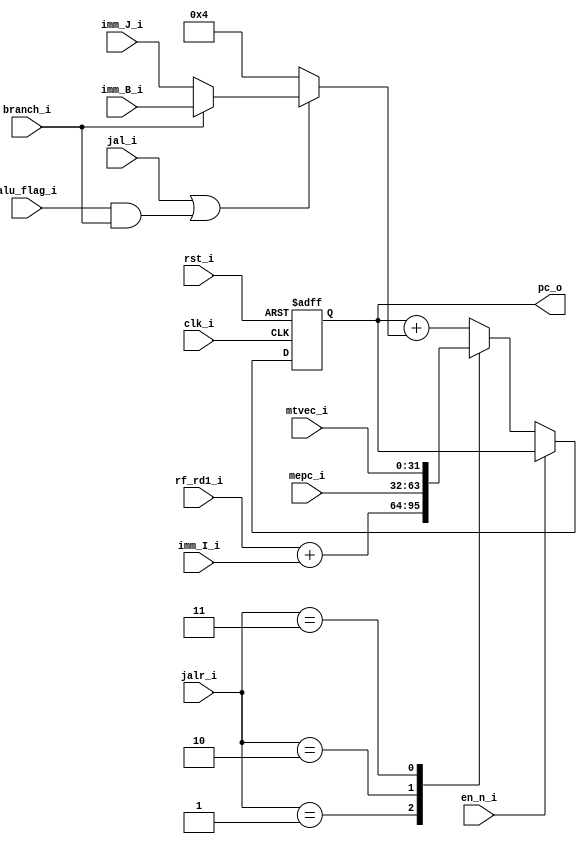
`timescale 1ns / 1ps

module pc_module(
	input             	clk_i,
	input             	rst_i,
	input             	en_n_i,
	
	input      	[31:0] 	imm_I_i,
	input      	[31:0] 	imm_J_i,
	input      	[31:0] 	imm_B_i,

	input		[31:0]	mtvec_i,
	input		[31:0]	mepc_i,
	
	input	    [31:0] 	rf_rd1_i,
	
	input             	jal_i,
	input      	[1:0]  	jalr_i,
	input             	branch_i,
	input             	alu_flag_i,
	
	output reg 	[31:0] 	pc_o
);
	
	wire        en = ~en_n_i;
	
	wire        cond_jmp = alu_flag_i && branch_i;
	wire        jmp_rel  = jal_i      || cond_jmp;
	
	wire [31:0] jmp_rel_addr = branch_i ? imm_B_i      : imm_J_i;
	wire [31:0] rel_addr     = jmp_rel  ? jmp_rel_addr : 32'd4;
	 
	wire [31:0] new_pc_rel   = pc_o + rel_addr;
	wire [31:0] new_pc_imm   = rf_rd1_i + imm_I_i;

	reg [31:0] new_pc;

	/* New PC mux */
	always @(*) begin
		case (jalr_i)
			2'b01:		new_pc <= new_pc_imm;
			2'b10:		new_pc <= mepc_i;
			2'b11:		new_pc <= mtvec_i;
			default:	new_pc <= new_pc_rel;
		endcase
	end
	
	/* PC register */
	always @( posedge clk_i or posedge rst_i ) begin
		if ( rst_i )
			pc_o <= 32'd0;
		else if ( en )
			pc_o <= new_pc;
	end

endmodule